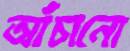
আঁচানো